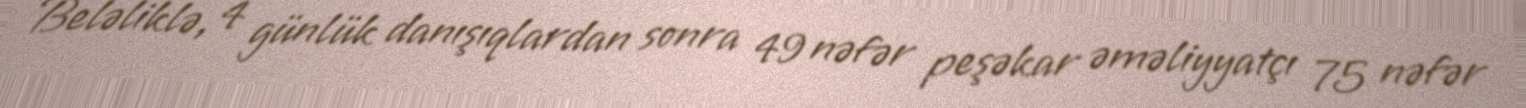
Beləliklə, 4 günlük danışıqlardan sonra 49 nəfər peşəkar əməliyyatçı 75 nəfər